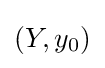
\left(Y,y_{0}\right)